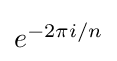
{\textstyle e^{-2\pi i/n}}